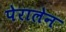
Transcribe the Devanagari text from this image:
पेरालेन